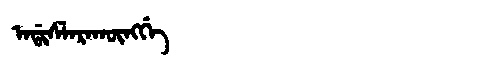
Manchu: ᠠᡩᡳᠰᠯᠠᡵᠠᡴᡡᠩᡤᡝ
Romanization: ADISLARAKŪNGGE